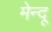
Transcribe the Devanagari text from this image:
मेन्दू